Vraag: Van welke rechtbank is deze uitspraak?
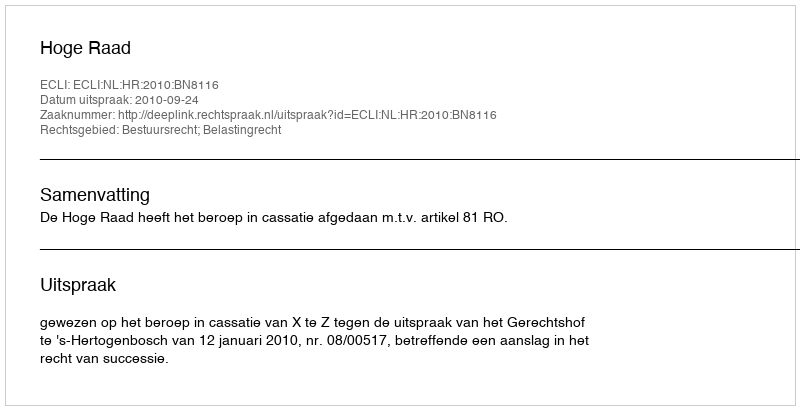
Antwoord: Hoge Raad